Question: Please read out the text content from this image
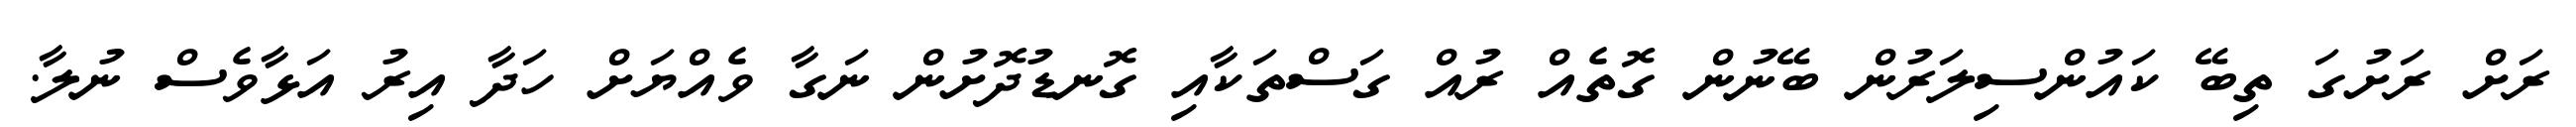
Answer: ރަށް ރަށުގަ ތިބޭ ކައުންސިލަރުން ބޭނުން ގޮތެއް ރުއް ގަސްތަކާއި ގޮނޑުދޮށުން ނަގާ ވެއްޔަށް ހަދާ އިރު އަޅާވެސް ނުލާ.